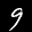
Label: 9